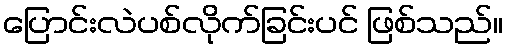
ပြောင်းလဲပစ်လိုက်ခြင်းပင် ဖြစ်သည်။